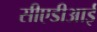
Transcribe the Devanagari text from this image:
सीएडीआई